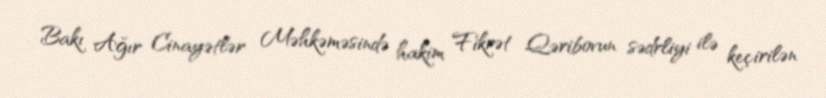
Bakı Ağır Cinayətlər Məhkəməsində hakim Fikrət Qəribovun sədrliyi ilə keçirilən